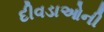
દીવડાઓની